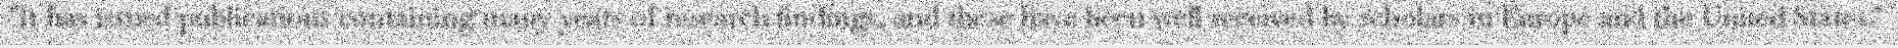
"It has issued publications containing many years of research findings, and these have been well received by scholars in Europe and the United States."